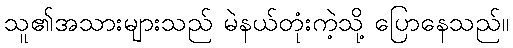
သူ၏အသားများသည် မဲနယ်တုံးကဲ့သို့ ပြောနေသည်။